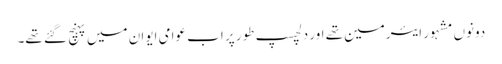
دونوں مشہور ایئرمین تھے اور دلچسپ طور پر اب عوامی ایوان میں پہنچ گئے تھے۔